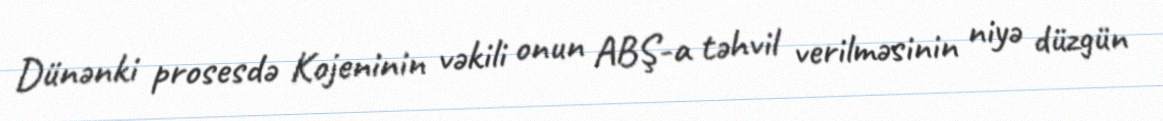
Dünənki prosesdə Kojeninin vəkili onun ABŞ-a təhvil verilməsinin niyə düzgün